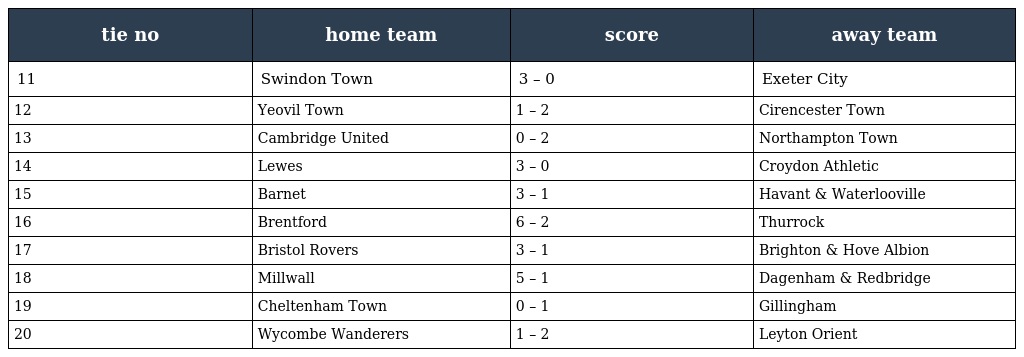
| tie no | home team | score | away team |
 | --- | --- | --- | --- |
 | 11 | Swindon Town | 3 – 0 | Exeter City |
 | 12 | Yeovil Town | 1 – 2 | Cirencester Town |
 | 13 | Cambridge United | 0 – 2 | Northampton Town |
 | 14 | Lewes | 3 – 0 | Croydon Athletic |
 | 15 | Barnet | 3 – 1 | Havant & Waterlooville |
 | 16 | Brentford | 6 – 2 | Thurrock |
 | 17 | Bristol Rovers | 3 – 1 | Brighton & Hove Albion |
 | 18 | Millwall | 5 – 1 | Dagenham & Redbridge |
 | 19 | Cheltenham Town | 0 – 1 | Gillingham |
 | 20 | Wycombe Wanderers | 1 – 2 | Leyton Orient |